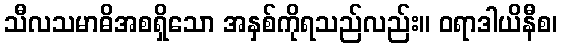
သီလသမာဓိအစရှိသော အနှစ်ကိုရသည်လည်း။ ဝရာဒါယိနီစ၊